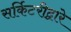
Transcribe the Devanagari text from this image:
सर्किटरीद्वारे